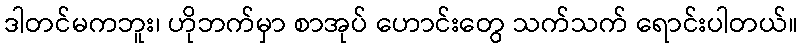
ဒါတင်မကဘူး၊ ဟိုဘက်မှာ စာအုပ် ဟောင်းတွေ သက်သက် ရောင်းပါတယ်။